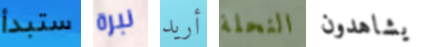
ستبدأ نبرة أريد النحلة يشاهدون